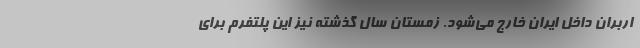
اربران داخل ایران خارج می‌شود. زمستان سال گذشته نیز این پلتفرم برای